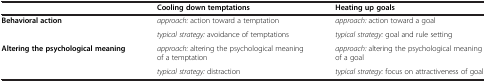
<table><thead><tr><td></td><td><b>Cooling down temptations</b></td><td><b>Heating up goals</b></td></tr></thead><tbody><tr><td rowspan="2"><b>Behavioral action</b></td><td><i>approach:</i> action toward a temptation</td><td><i>approach:</i> action toward a goal</td></tr><tr><td><i>typical strategy:</i> avoidance of temptations</td><td><i>typical strategy:</i> goal and rule setting</td></tr><tr><td rowspan="2"><b>Altering the psychological meaning</b></td><td><i>approach:</i> altering the psychological meaning of a temptation</td><td><i>approach:</i> altering the psychological meaning of a goal</td></tr><tr><td><i>typical strategy:</i> distraction</td><td><i>typical strategy:</i> focus on attractiveness of goal</td></tr></tbody></table>